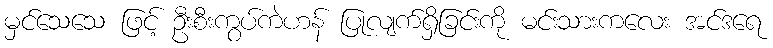
မှင်သေသေ ဖြင့် ဦးစီးကွပ်ကဲဟန် ပြုလျက်ရှိခြင်းကို မင်းသားကလေး အင်ဒရေ